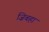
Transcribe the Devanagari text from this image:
ज़िबहा